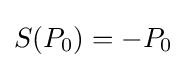
S(P_{0})=-P_{0}